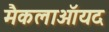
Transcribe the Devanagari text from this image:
मैकलाऑयद